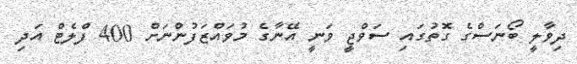
ދިވާލީ ބޯނަސްގެ ގޮތުގައި ސަވްޖީ ވަނީ އޭނާގެ މުވައްޒަފުންނަށް 400 ފްލެޓް އަދި